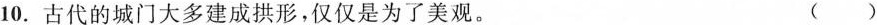
10.古代的城门大多建成拱形，仅仅是为了美观。 ()